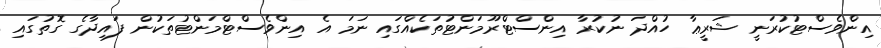
އިންވެސްޓުކުރަނީ ޝަރީޢާ ހުއްދަ ނުކުރާ އިންސްޓްރޫމަންޓުތަކެއްގައި ނަމަ އެ އިންވެސްޓްމަންޓުތަކުން ފައިދާގެ ގޮތުގައި